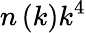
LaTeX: n\left(k\right)k^{4}